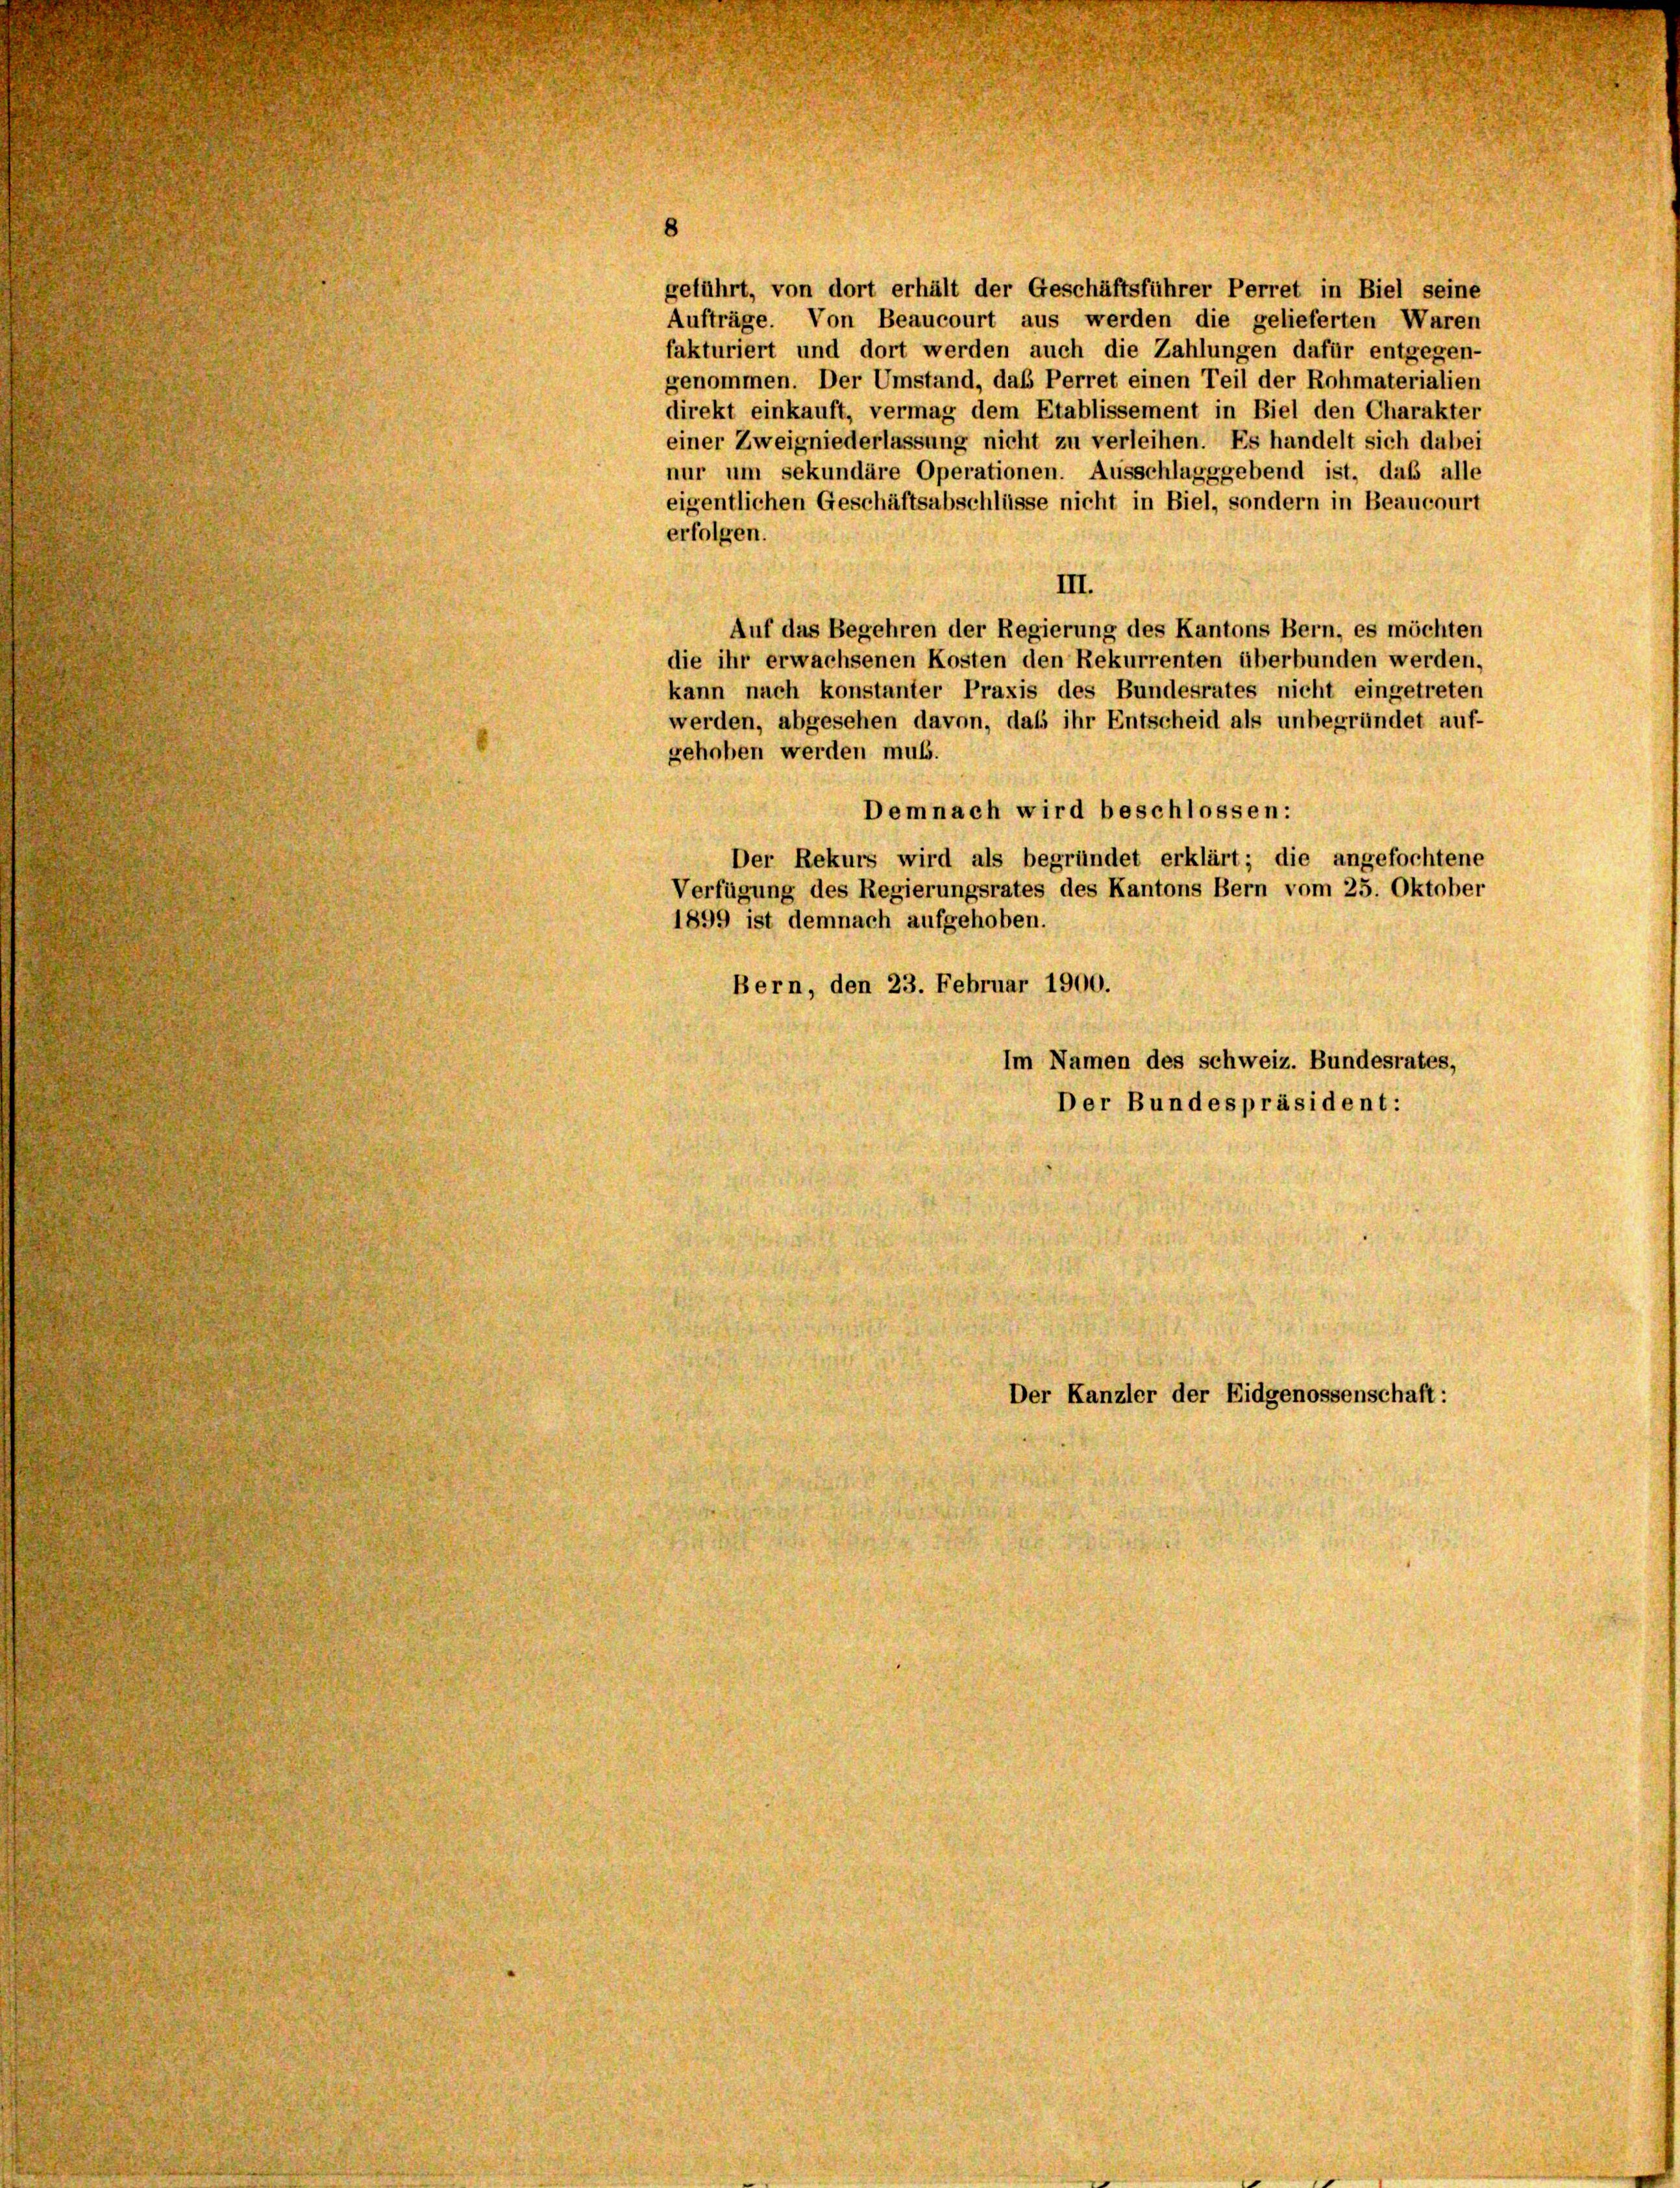
geführt, von dort erhält der Geschäftsführer Perret in Biel seine
Aufträge. Von Beaucourt aus werden die gelieferten Waren
fakturiert und dort werden auch die Zahlungen dafür entgegen-
genommen. Der Umstand, das Perret einen Teil der Rohmaterialien
direkt einkauft, vermag dem Etablissement in Biel den Charakter
einer Zweigniederlassung nicht zu verleihen. Es handelt sich dabei
nur um sekundäre Operationen. Ausschlagggebend ist, daß alle
eigentlichen Geschäftsabschlüsse nicht in Biel, sondern in Beaucourt
erfolgen.
III.
Auf das Begehren der Regierung des Kantons Bern, es möchten
die ihr erwachsenen Kosten den Rekurrenten überbunden werden,
kann nach konstanter Praxis des Bundesrates nicht eingetreten
werden, abgesehen davon, daß ihr Entscheid als unbegründet auf-
gehoben werden muß.
Demnach wird beschlossen:
Der Rekurs wird als begründet erklärt; die angefochtene
Verfügung des Regierungsrates des Kantons Bern vom 25. Oktober
1899 ist demnach aufgehoben.
Bern, den 23. Februar 1900.
Im Namen des Schweiz. Bundesrates,
Der Bundespräsident:

Der Kanzler der Eidgenossenschaft: